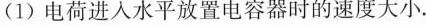
(1)电荷进入水平放置电容器时的速度大小。